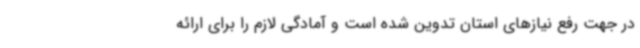
در جهت رفع نیازهای استان تدوین شده است و آمادگی لازم را برای ارائه